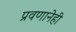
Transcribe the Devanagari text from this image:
प्रवणानेही